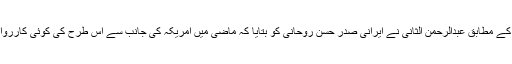
سرکاری ذرائع ابلاغ کے مطابق عبدالرحمن الثانی نے ایرانی صدر حسن روحانی کو بتایا کہ ماضی میں امریکہ کی جانب سے اس طرح کی کوئی کارروائی نہیں کی گئی تھی۔